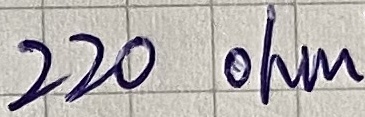
Text: 220 ohm